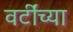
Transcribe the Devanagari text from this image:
वर्टींच्या